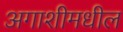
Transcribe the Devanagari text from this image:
अगाशीमधील